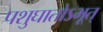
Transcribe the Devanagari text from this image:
पशुघातोऽभूत्‌